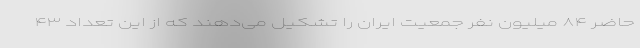
حاضر ۸۴ میلیون نفر جمعیت ایران را تشکیل می‌دهند که از این تعداد ۴۳